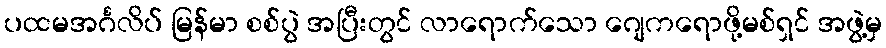
ပထမအင်္ဂလိပ် မြန်မာ စစ်ပွဲ အပြီးတွင် လာရောက်သော ဂျေကရောဖို့မစ်ရှင် အဖွဲ့မှ